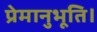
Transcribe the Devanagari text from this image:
प्रेमानुभूति।